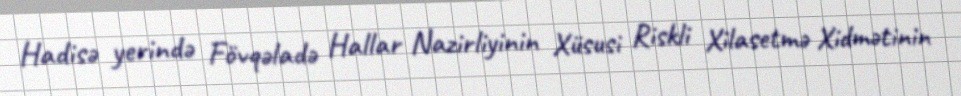
Hadisə yerində Fövqəladə Hallar Nazirliyinin Xüsusi Riskli Xilasetmə Xidmətinin